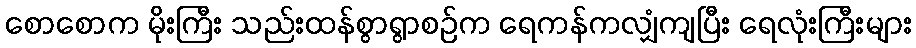
စောစောက မိုးကြီး သည်းထန်စွာရွာစဉ်က ရေကန်ကလျှံကျပြီး ရေလုံးကြီးများ